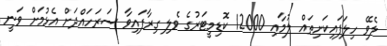
ލެވޭ ހިލަފައިކަށިތައް ލުމާއި 12000 ކޮޑިމީޓަރުގެ ވެލި ގިރާފައިވާ ސަރަހައްދަށް އެޅުމަށް ވަނީ